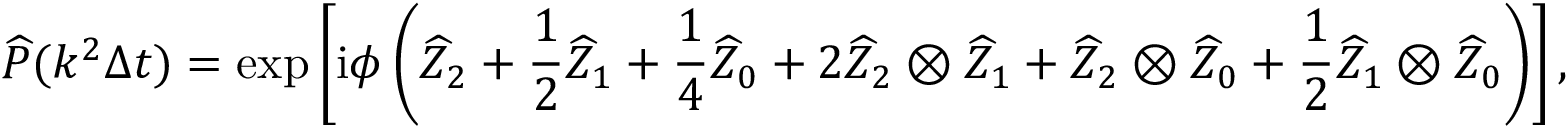
\widehat { P } ( k ^ { 2 } \Delta t ) = \exp \left[ \mathrm { i } \phi \left( \widehat { Z } _ { 2 } + \frac 1 2 \widehat { Z } _ { 1 } + \frac 1 4 \widehat { Z } _ { 0 } + 2 \widehat { Z } _ { 2 } \otimes \widehat { Z } _ { 1 } + \widehat { Z } _ { 2 } \otimes \widehat { Z } _ { 0 } + \frac 1 2 \widehat { Z } _ { 1 } \otimes \widehat { Z } _ { 0 } \right) \right] ,